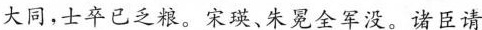
大同，士卒已乏粮。宋瑛、朱冕全军没。诸臣请